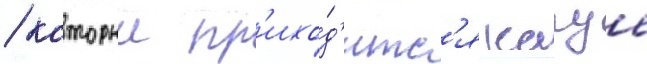
/ которыи пр'ихо́д'итс'я кагуе